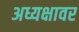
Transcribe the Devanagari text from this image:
अध्यक्षावर